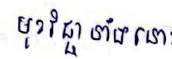
មុខវិជ្ជាទាំងនោះ